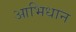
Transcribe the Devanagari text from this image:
आभिधान